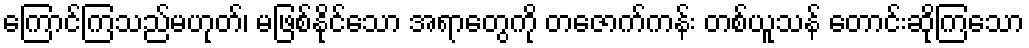
ကြောင်ကြသည်မဟုတ်၊ မဖြစ်နိုင်သော အရာတွေကို တဇောက်ကန်း တစ်ယူသန် တောင်းဆိုကြသော